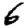
Digit: 6